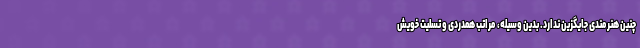
چنین هنرمندی جایگزین ندارد. بدین وسیله، مراتب همدردی و تسلیت خویش